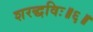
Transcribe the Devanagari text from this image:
शरद्धविः॥६॥